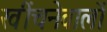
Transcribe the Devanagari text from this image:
खींचनेवालों